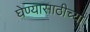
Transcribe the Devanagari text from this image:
घेण्यासाठीच्या